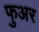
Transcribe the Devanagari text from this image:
फुअर